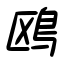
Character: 鴎